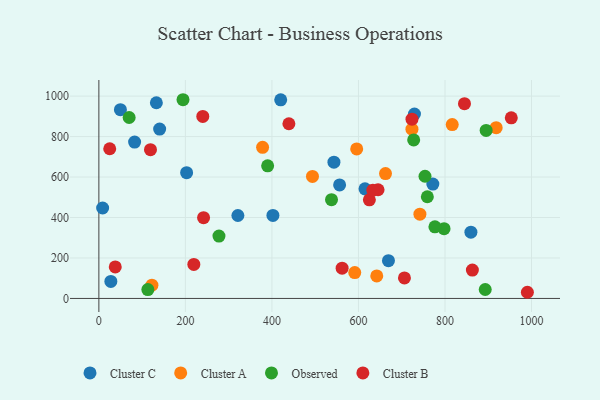
{"axis": {"x": "Investment", "y": "Yield"}, "legend": ["Cluster A", "Cluster B", "Cluster C", "Observed"], "data": [{"x": "49.8", "y": 932.8, "type": "Cluster C"}, {"x": "402.3", "y": 410.4, "type": "Cluster C"}, {"x": "202.8", "y": 621.6, "type": "Cluster C"}, {"x": "669.3", "y": 186.9, "type": "Cluster C"}, {"x": "729.4", "y": 911.5, "type": "Cluster C"}, {"x": "859.9", "y": 327.4, "type": "Cluster C"}, {"x": "771.9", "y": 565.3, "type": "Cluster C"}, {"x": "615.1", "y": 542.0, "type": "Cluster C"}, {"x": "82.6", "y": 772.6, "type": "Cluster C"}, {"x": "8.7", "y": 447.1, "type": "Cluster C"}, {"x": "27.7", "y": 84.0, "type": "Cluster C"}, {"x": "556.4", "y": 561.0, "type": "Cluster C"}, {"x": "321.3", "y": 410.0, "type": "Cluster C"}, {"x": "140.5", "y": 836.9, "type": "Cluster C"}, {"x": "132.9", "y": 967.2, "type": "Cluster C"}, {"x": "420.3", "y": 981.5, "type": "Cluster C"}, {"x": "543.3", "y": 673.3, "type": "Cluster C"}, {"x": "591.4", "y": 128.0, "type": "Cluster A"}, {"x": "816.7", "y": 859.4, "type": "Cluster A"}, {"x": "122.6", "y": 65.7, "type": "Cluster A"}, {"x": "493.7", "y": 603.0, "type": "Cluster A"}, {"x": "742.0", "y": 416.5, "type": "Cluster A"}, {"x": "595.9", "y": 739.0, "type": "Cluster A"}, {"x": "723.6", "y": 836.8, "type": "Cluster A"}, {"x": "378.4", "y": 747.0, "type": "Cluster A"}, {"x": "642.3", "y": 111.5, "type": "Cluster A"}, {"x": "918.3", "y": 843.9, "type": "Cluster A"}, {"x": "662.5", "y": 616.9, "type": "Cluster A"}, {"x": "893.0", "y": 44.3, "type": "Observed"}, {"x": "70.0", "y": 894.3, "type": "Observed"}, {"x": "277.6", "y": 308.0, "type": "Observed"}, {"x": "727.6", "y": 783.3, "type": "Observed"}, {"x": "537.7", "y": 487.9, "type": "Observed"}, {"x": "759.2", "y": 502.6, "type": "Observed"}, {"x": "753.8", "y": 604.0, "type": "Observed"}, {"x": "895.1", "y": 830.2, "type": "Observed"}, {"x": "797.8", "y": 344.6, "type": "Observed"}, {"x": "113.2", "y": 44.0, "type": "Observed"}, {"x": "776.7", "y": 354.2, "type": "Observed"}, {"x": "390.1", "y": 655.5, "type": "Observed"}, {"x": "194.5", "y": 982.1, "type": "Observed"}, {"x": "625.2", "y": 487.6, "type": "Cluster B"}, {"x": "990.4", "y": 30.5, "type": "Cluster B"}, {"x": "562.2", "y": 149.5, "type": "Cluster B"}, {"x": "25.1", "y": 739.8, "type": "Cluster B"}, {"x": "242.0", "y": 399.0, "type": "Cluster B"}, {"x": "845.0", "y": 962.4, "type": "Cluster B"}, {"x": "863.3", "y": 140.4, "type": "Cluster B"}, {"x": "953.2", "y": 892.7, "type": "Cluster B"}, {"x": "706.3", "y": 101.2, "type": "Cluster B"}, {"x": "645.3", "y": 537.2, "type": "Cluster B"}, {"x": "119.3", "y": 735.4, "type": "Cluster B"}, {"x": "633.3", "y": 534.9, "type": "Cluster B"}, {"x": "240.2", "y": 899.4, "type": "Cluster B"}, {"x": "219.5", "y": 168.1, "type": "Cluster B"}, {"x": "723.7", "y": 885.8, "type": "Cluster B"}, {"x": "439.2", "y": 863.4, "type": "Cluster B"}, {"x": "37.9", "y": 155.6, "type": "Cluster B"}]}